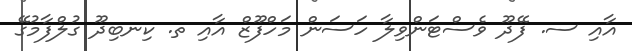
އާއި ސ. ފޭދޫ ވެސްޓަންވިލާ ހަސަން މަހްފޫޒް އާއި ތ. ކިނބިދޫ ގުލްފާމުގޭ